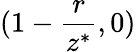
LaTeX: (1-\frac{r}{z^{*}},0)